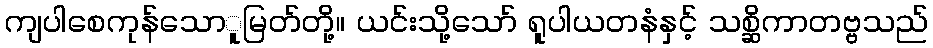
ကျပါစေကုန်သောူမြတ်တို့။ ယင်းသို့သော် ရူပါယတနံနှင့် သစ္ဆိကာတဗ္ဗသည်